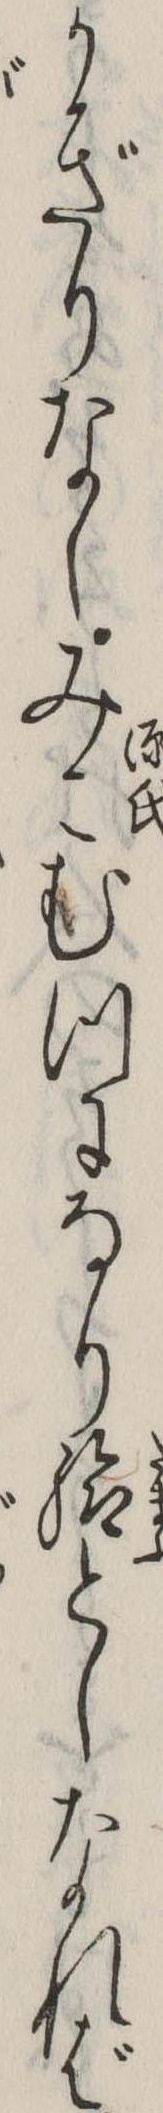
かぎりなしみこむつになり給としなれば